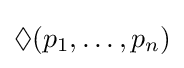
\Diamond (p_{1},\ldots ,p_{n})